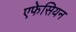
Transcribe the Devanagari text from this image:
एफेसियन